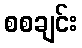
စစချင်း